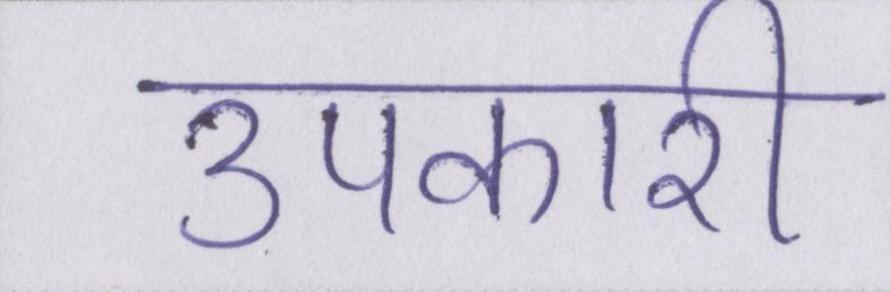
उपकारी